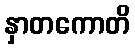
နှာတကောတိ